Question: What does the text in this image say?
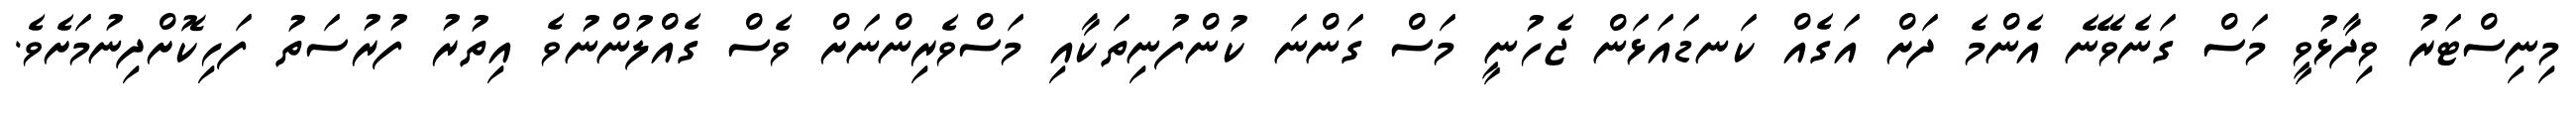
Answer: މިނިސްޓަރު ވިދާޅުވީ މަސް ގަނެވޭނެ އެންމެ ދަށް އަގެއް ކަނޑައަޅަން ޖެހުނީ މަސް ގަންނަ ކުންފުނިތަކާއި މަސްވެރިންނަށް ވެސް ގެއްލުންނުވެ އިތުރު ފުރުސަތު ފަހިކޮށްދިނުމަށެވެ.